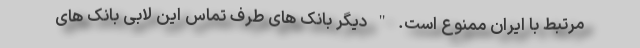
مرتبط با ایران ممنوع است. " دیگر بانک های طرف تماس این لابی بانک های